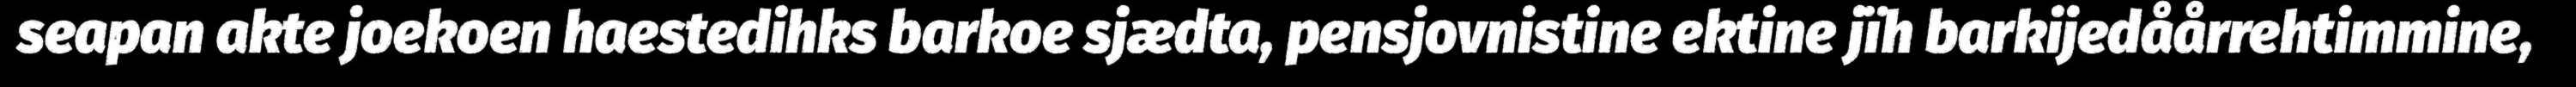
seapan akte joekoen haestedihks barkoe sjædta, pensjovnistine ektine jïh barkijedåårrehtimmine,